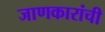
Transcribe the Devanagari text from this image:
जाणकारांची